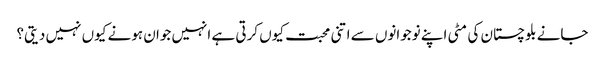
جانے بلوچستان کی مٹی اپنے نوجوانوں سے اتنی محبت کیوں کرتی ہے انہیں جوان ہونے کیوں نہیں دیتی؟